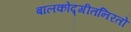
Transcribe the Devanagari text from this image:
बालकोद्गीतनिरतो